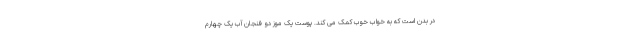
در بدن است که به خواب خوب کمک می کند. پوست یک موز دو فنجان آب یک چهارم